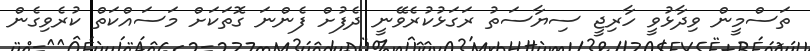
ތަސްމީން ވިދާޅުވީ ހާރިޖީ ސިޔާސަތު ރަގަޅުކުރެވޭނީ ދެފުށް ފެންނަ ގޮތަކަށް މަސައްކަތް ކުރެވިގެން